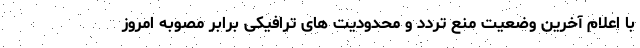
با اعلام آخرین وضعیت منع تردد و محدودیت های ترافیکی برابر مصوبه امروز